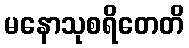
မနောသုစရိတေတိ